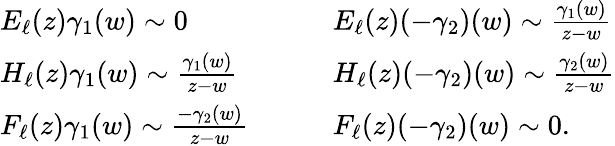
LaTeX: \begin{array}{ll}{E_{\ell}(z)\gamma_{1}(w)\sim 0}&{E_{\ell}(z)(-\gamma_{2})(w)\sim\frac{\gamma_{1}(w)}{z-w}}\\ {H_{\ell}(z)\gamma_{1}(w)\sim\frac{\gamma_{1}(w)}{z-w}}&{H_{\ell}(z)(-\gamma_{2})(w)\sim\frac{\gamma_{2}(w)}{z-w}}\\ {F_{\ell}(z)\gamma_{1}(w)\sim\frac{-\gamma_{2}(w)}{z-w}{\quad\quad}}&{F_{\ell}(z)(-\gamma_{2})(w)\sim 0.}\end{array}